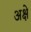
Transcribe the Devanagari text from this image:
अक्षे